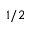
1 / 2